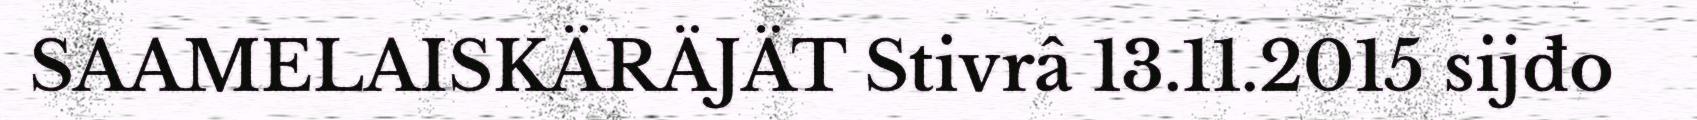
SAAMELAISKÄRÄJÄT Stivrâ 13.11.2015 sijđo